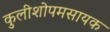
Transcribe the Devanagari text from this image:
कुलीशोपमसायक